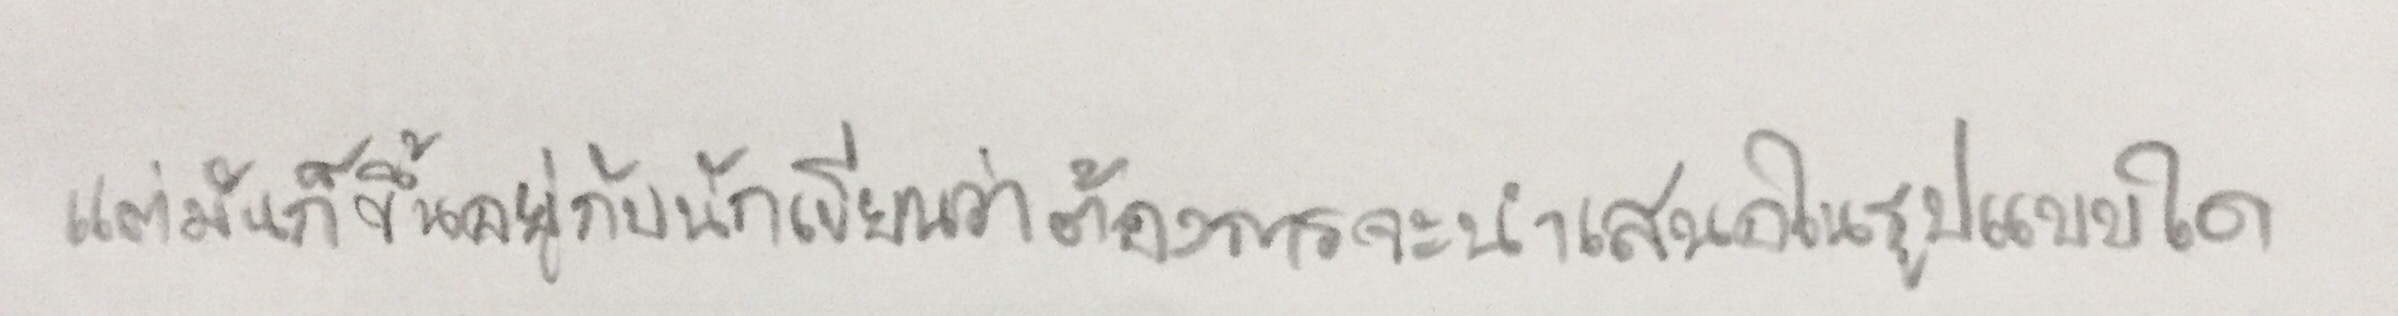
แต่มันก็ขึ้นอยู่กับนักเขียนว่าต้องการจะนำเสนอในรูปแบบใด